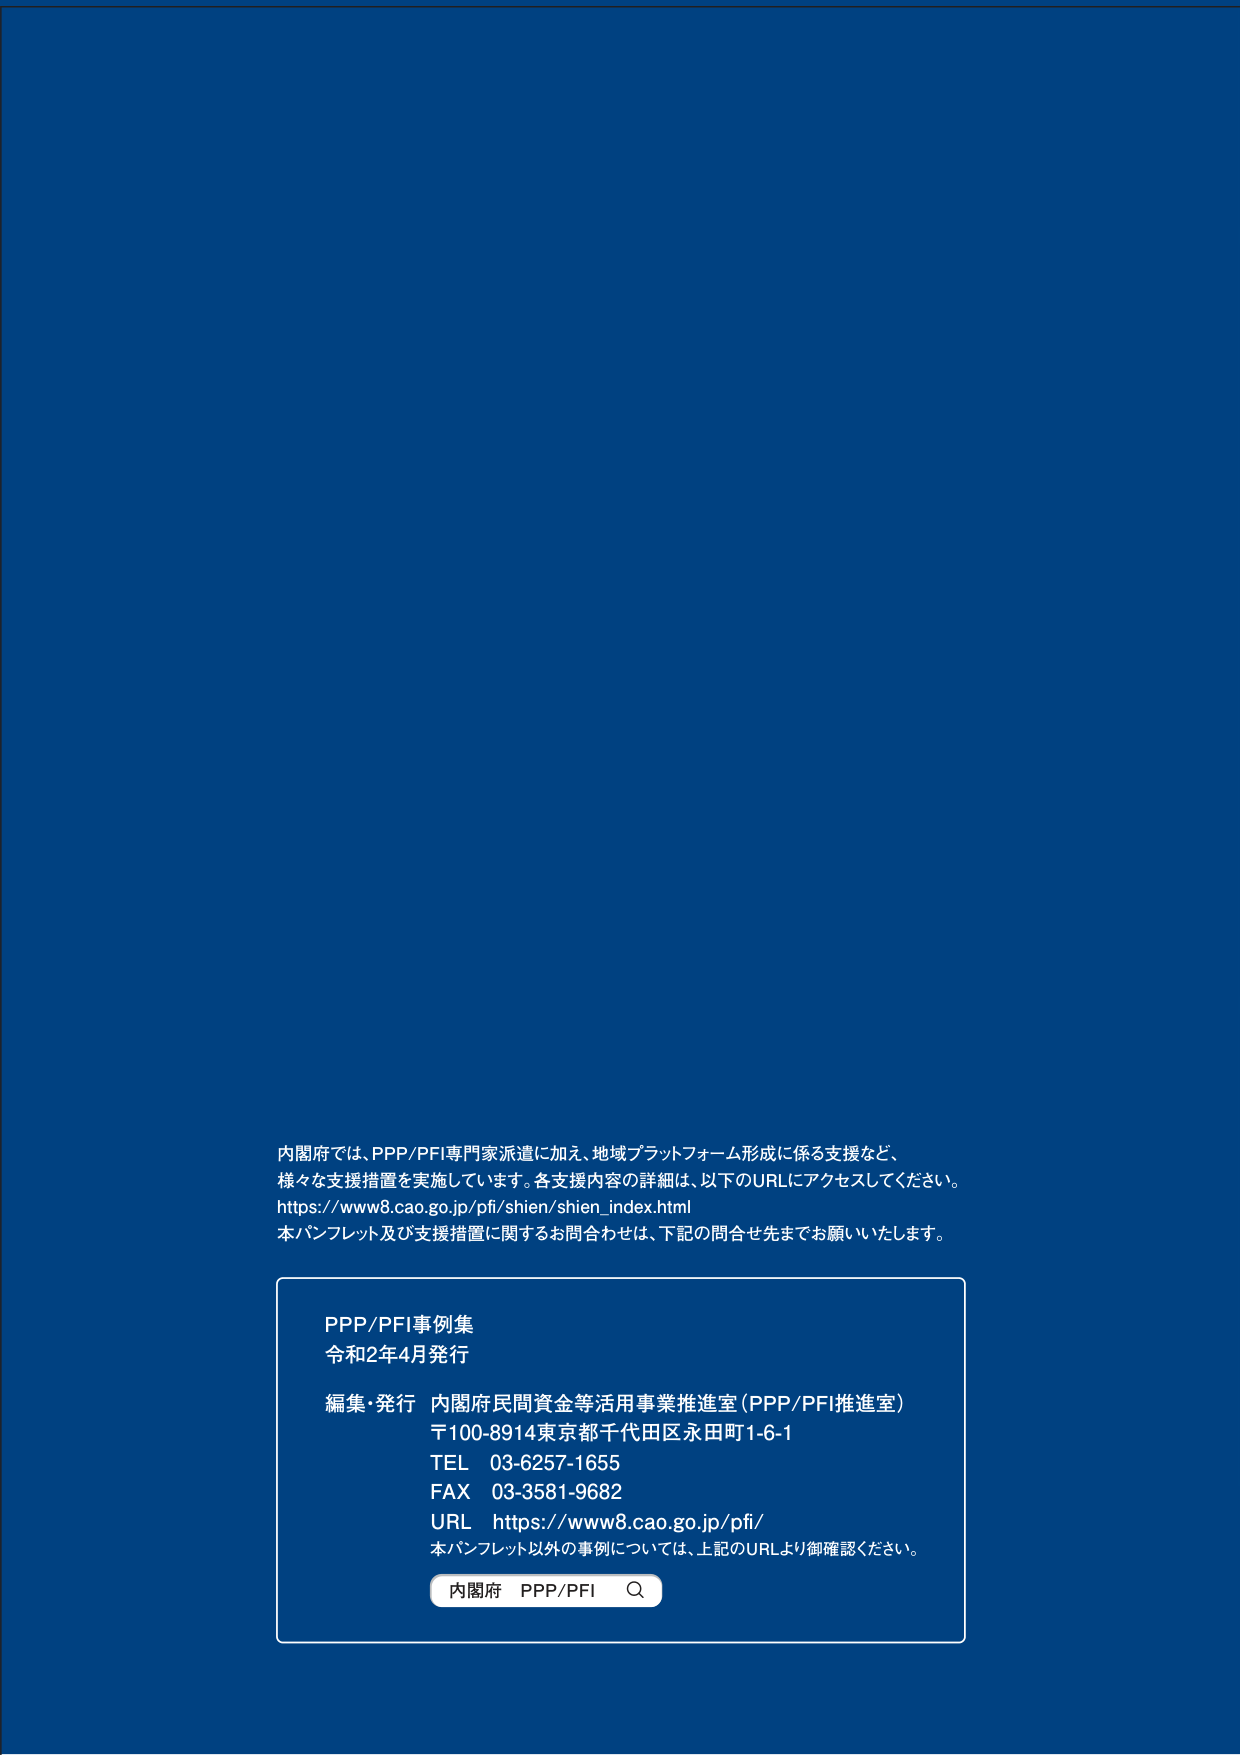
内閣府では、PPP/PFI専門家派遣に加え、地域プラットフォーム形成に係る支援など、
様々な支援措置を実施しています。各支援内容の詳細は、以下のURLにアクセスしてください。
https://www8.cao.go.jp/pfi/shien/shien_index.html
本パンフレット及び支援措置に関するお問合わせは、下記の問合せ先までお願いいたします。

PPP/PFI事例集
令和2年4月発行

編集・発行 内閣府民間資金等活用事業推進室（PPP/PFI推進室）
〒100-8914東京都千代田区永田町1-6-1
TEL 03-6257-1655
FAX 03-3581-9682
URL https://www8.cao.go.jp/pfi/
本パンフレット以外の事例については、上記のURLより御確認ください。

内閣府 PPP/PFI Q